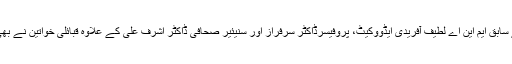
سیمینار سے سابق ایم این اے لطیف آفریدی ایڈووکیٹ، پروفیسرڈاکٹر سرفراز اور سنیئیر صحافی ڈاکٹر اشرف علی کے علاوہ قبائلی خواتین نے بھی خطاب کیا۔